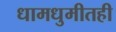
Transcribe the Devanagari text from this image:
धामधुमीतही